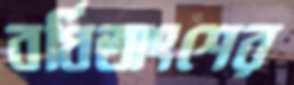
বর্ধিতাংশের